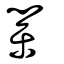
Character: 業